Annual report of the Punjab Veterinary College and of the Civil Veterinary Department, Punjab - 1926-1932
Year: 1926
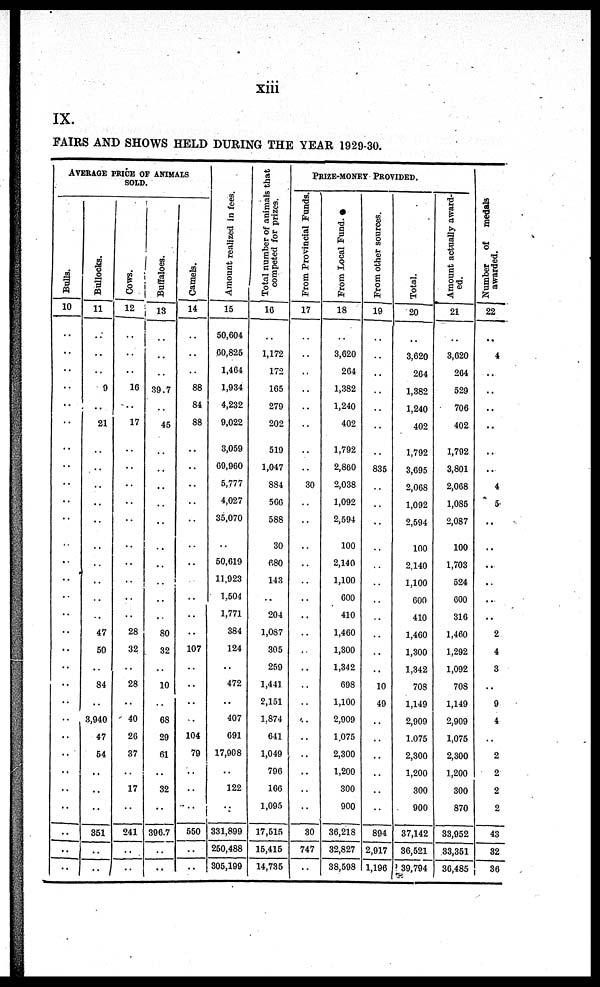
xiii
IX.
FAIRS AND SHOWS HELD DURING THE YEAR 1929-30.
AVERAGE PRICE OF ANIMALS
SOLD.
Bulls.
10
..
..
..
..
..
..
..
..
..
..
..
..
..
..
..
..
..
..
..
..
..
..
..
..
..
..
..
..
..
..
Bullocks.
11
..
..
..
9
..
21
..
..
..
..
..
..
..
..
..
..
47
50
..
84
..
3,940
47
54
..
..
..
351
..
..
Cows.
12
..
..
..
16
..
17
..
..
..
..
..
..
..
..
..
..
28
32
..
28
..
40
26
37
..
17
..
241
..
..
Buffaloes.
13
..
..
..
39.7
..
45
..
..
..
..
..
..
..
..
..
..
80
32
..
10
..
68
29
61
32
..
396.7
..
..
Camels.
14
..
..
..
88
84
88
..
..
..
..
..
..
..
..
..
..
..
107
..
..
..
..
104
79
..
..
..
550
..
..
Amo u n t r e a l i z e d in fees.
15
50,604
60,825
1,464
1,934
4,232
9,022
3,059
69,960
5,777
4,027
35,070
50,619
11,923
1,504
1,771
384
124
..
472
..
407
691
17,908
..
122
..
331,899
250,488
305,199
Total number of animals that
competed for prizes.
16
..
1,172
172
165
279
202
519
1,047
884
566
588
30
680
143
..
204
1,087
305
259
1,441
2,151
1,874
641
1,049
796
166
1,095
17,515
15,415
14,735
PRIZE-MONEY PROVIDED.
From Provincial Funds.
17
..
..
..
..
..
..
..
..
30
..
..
..
..
..
..
..
..
..
..
..
..
..
..
..
..
..
..
30
747
..
From Local Fund.
18
..
3,620
264
1,382
1,240
402
1,792
2,860
2,038
1,092
2,594
100
2,140
1,100
600
410
1,460
1,300
1,342
698
1,100
2,909
1,075
2,300
1,200
300
900
36,218
32,827
38,598
From other sources.
19
..
..
..
..
..
..
..
835
..
..
..
..
..
..
..
..
..
..
..
10
49
..
..
..
..
..
..
894
2,917
1,196
Total.
20
..
3,620
264
1,382
1,240
402
1,792
3,695
2,068
1,092
2,594
100
2.140
1,100
600
410
1,460
1,300
1,342
708
1,149
2,909
1,075
2,300
1,200
300
900
37,142
86,521
39,794
Amount actually award-
ed.
21
..
3,020
264
529
706
402
1,792
3,801
2,068
1,085
2,087
100
1,703
524
600
316
1,460
1,292
1,092
708
1,149
2,909
1,075
2,300
1,200
300
870
33,952
33,351
30,485
Number of medals
awarded.
22
..
4
..
..
..
..
..
..
4
5
..
..
..
..
..
..
2
4
3
..
9
4
..
2
2
2
2
43
32
36